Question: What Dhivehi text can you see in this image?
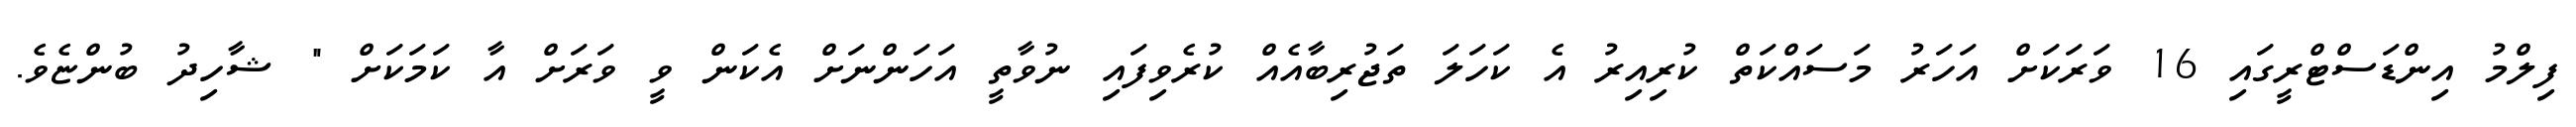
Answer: ފިލްމު އިންޑަސްޓްރީގައި 16 ވަރަކަށް އަހަރު މަސައްކަތް ކުރިއިރު އެ ކަހަލަ ތަޖުރިބާއެއް ކުރެވިފައި ނުވާތީ އަހަންނަށް އެކަން ވީ ވަރަށް އާ ކަމަކަށް " ޝާހިދު ބުންޏެވެ.